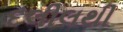
દલીલથી